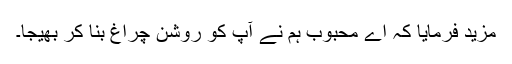
مزید فرمایا کہ اے محبوبؐ ہم نے آپ کو روشن چراغ بنا کر بھیجا۔